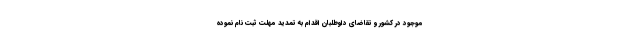
موجود در کشور و تقاضای داوطلبان اقدام به تمدید مهلت ثبت نام نموده